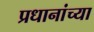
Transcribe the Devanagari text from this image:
प्रधानांच्या